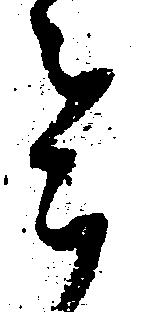
令